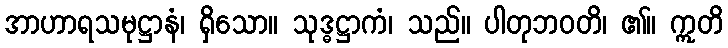
အာဟာရသမုဋ္ဌာနံ၊ ရှိသော။ သုဒ္ဓဋ္ဌာကံ၊ သည်။ ပါတုဘဝတိ၊ ၏။ ဣတိ